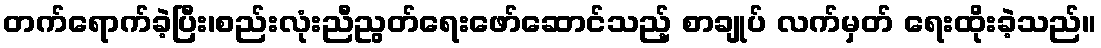
တက်ရောက်ခဲ့ပြီး၊စည်းလုံးညီညွတ်ရေးဖော်ဆောင်သည့် စာချုပ် လက်မှတ် ရေးထိုးခဲ့သည်။